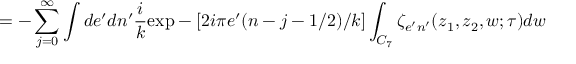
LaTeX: = - \sum _ { j = 0 } ^ { \infty } \int d e ^ { \prime } d n ^ { \prime } \frac { i } { k } \mathrm { e x p } - [ 2 i \pi e ^ { \prime } ( n - j - 1 / 2 ) / k ] \int _ { C _ { 7 } } \zeta _ { e ^ { \prime } n ^ { \prime } } ( z _ { 1 } , z _ { 2 } , w ; \tau ) d w